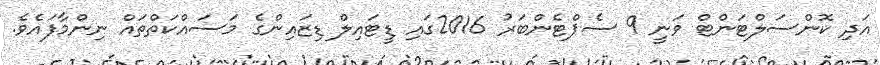
އަދި ކޮންސަލްޓަންޓް ވަނީ 9 ސެޕްޓެންބަރު 2016ގައި ޑީޓައިލް ޑިޒައިންގެ މަސައްކަތްތައް ނިންމާފައެވެ.